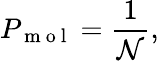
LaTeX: P_{\mathrm{~m~o~l~}}=\frac{1}{\mathcal{N}},